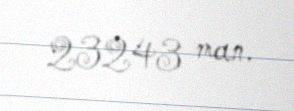
23243 man.